Sketch of the medical history of the native army of Bombay, for the year
Year: 1876
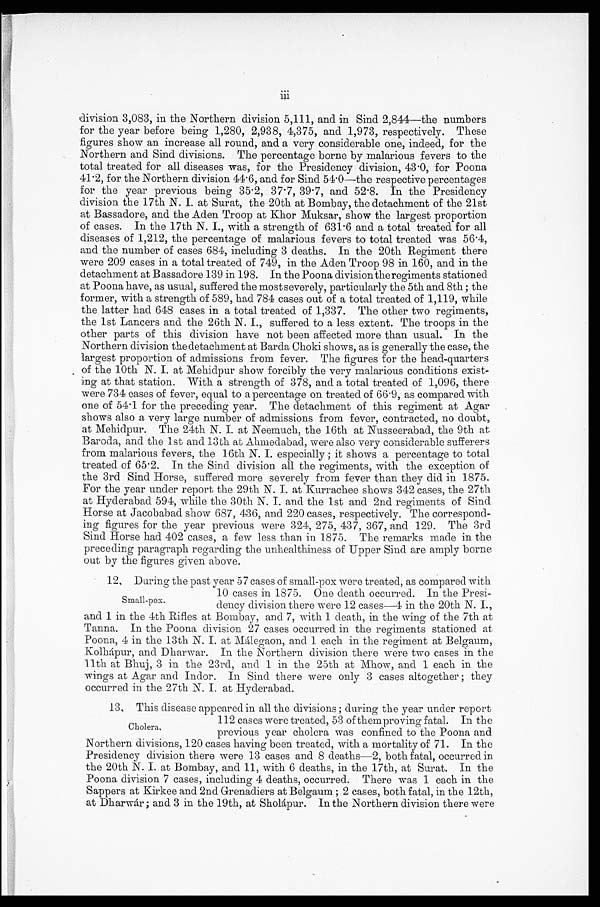
ii
division 3,083, in the Northern division 5,111, and in Sind 2,844—the numbers
for the year before being 1,280, 2,938, 4,375, and 1,973, respectively. These
figures show an increase all round, and a very considerable one, indeed, for the
Northern and Sind divisions. The percentage borne by malarious fevers to the
total treated for all diseases was, for the Presidency division, 43.0, for Poona
41.2, for the Northern division 44.6, and for Sind 54.0—the respective percentages
for the year previous being 35.2, 37.7, 39.7, and 52.8. In the Presidency
division the 17th N. I. at Surat, the 20th at Bombay, the detachment of the 21st
at Bassadore, and the Aden Troop at Khor Muksar, show the largest proportion
of cases. In the 17th N. I., with a strength of 631.6 and a total treated for all
diseases of 1,212, the percentage of malarious fevers to total treated was 56.4,
and the number of cases 684, including 3 deaths. In the 20th Regiment there
were 209 cases in a total treated of 749, in the Aden Troop 98 in 160, and in the
detachment at Bassadore 139 in 198. In the Poona division the regiments stationed
at Poona have, as usual, suffered the mostseverely, particularly the 5th and 8th; the
former, with a strength of 589, had 784 cases out of a total treated of 1,119, while
the latter had 648 cases in a total treated of 1,337. The other two regiments,
the 1st Lancers and the 26th N. I., suffered to a less extent. The troops in the
other parts of this division have not been affected more than usual. In the
Northern division the detachment at Barda Choki shows, as is generally the case, the
largest proportion of admissions from fever. The figures for the head-quarters
of the 10th N. I. at Mehidpur show forcibly the very malarious conditions exist--
ing that station. With a strength of 378, and a total treated of 1,096, there
were 734 cases of fever, equal to a percentage on treated of 66.9, as compared with
one of 54.1 for the preceding year. The detachment of this regiment at Agar
shows also a very large number of admissions from fever, contracted, no doubt,
at Mehidpur. The 24th N. I. at Neemuch, the 16th at Nusseerabad, the 9th at
and the 1st and 13th at Ahmedabad, were also very considerable sufferers
from malarious fevers, the 16th N. I, especially; it shows a percentage to total
treated of 65.2. In the Sind division all the regiments, with the exception of
the 3rd Sind Horse, suffered more severely from fever than they did in 1875.
For the year under report the 29th N. I. at Kurrachee shows 342 cases, the 27th
at Hyderabad 594, while the 30th N. I. and the 1st and 2nd regiments of Sind.
Horse at Jacobabad show 687, 436, and 220 cases, respectively. The correspond--
ing figures for the year previous were 324, 275, 437, 367, and 129. The 3rd
Sind Horse had 402 cases, a few less than in 1875. The remarks made in the
preceding paragraph regarding the unhealthiness of Upper Sind are amply borne
out by the figures given above.
12. During the past year 57 cases of small-pox were treated, as compared with
10 cases in 1875. One death occurred. In the Presi
-
dency division there were 12 cases— 4 in the 20th N. I.,
and 1 in the 4th Rifles at Bombay, and 7, with 1 death, in the wing of the 7th at
Tanna. In the Poona division 27 cases occurred in the regiments stationed at
Poona, 4 in the 13th N. I. at Málegaon, and 1 each in the regiment at Belgaum,
Kolhápur, and Dharwar. In the Northern division there were two cases in the
11th at Bhuj, 3 in the 23rd, and 1 in the 25th at Mhow, and 1 each in the
wings at Agar and Indor. In Sind there were only 3 cases altogether; they
occurred in the 27th N. I. at Hyderabad.
13. This disease appeared in all the divisions; during the year under report
112 cases were treated, 53 of them proving fatal. In the
previous year cholera was confined to the Poona and
Northern divisions, 120 cases having been treated, with a mortality of 71. In the
Presidency division there were 13 cases and 8 deaths— 2, both fatal, occurred in
the 20th N. I. at Bombay, and 11, with 6 deaths, in the 17th, at Surat. In the
Poona division 7 cases, including 4 deaths, occurred. There was 1 each in the
Sappers at Kirkee and 2nd Grenadiers at Belgaum; 2 cases, both fatal, in the 12th,
at Dharwár; and 3 in the 19th, at Sholápur. In the Northern division there were
Small-pox.
Cholera.